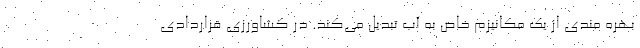
بهره مندی از یک مکانیزم خاص به آب تبدیل می‌کند. در کشاورزی قراردادی